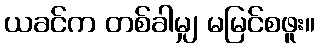
ယခင်က တစ်ခါမျှ မမြင်စဖူး။